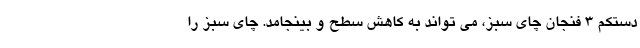
دستکم 3 فنجان چای سبز، می تواند به کاهش سطح و بینجامد. چای سبز را